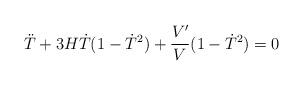
\begin{align*}\ddot{T}+3H\dot{T}(1-\dot{T}^2)+\frac{V'}{V}(1-\dot{T}^2)=0\end{align*}